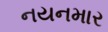
નયનમાર